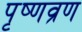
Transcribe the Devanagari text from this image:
पृष्णव्रण